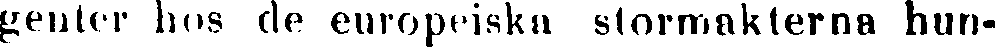
genter hos de europeiska stormakterna hun-